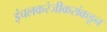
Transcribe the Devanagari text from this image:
इंचलकरंजीकरांकडून